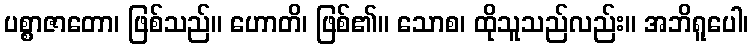
ပစ္စာဇာတော၊ ဖြစ်သည်။ ဟောတိ၊ ဖြစ်၏။ သောစ၊ ထိုသူသည်လည်း။ အဘိရူပေါ၊